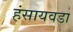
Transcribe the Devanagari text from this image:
हंसायवडा